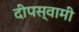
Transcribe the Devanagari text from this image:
दीपस्वामी